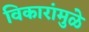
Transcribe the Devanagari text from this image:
विकारांमुळे